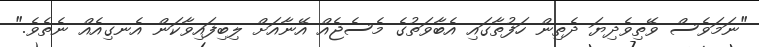
"ނަމަވެސް ވޭތިވެދިޔަ ދެތިން ހަފުތާގައި އެބާވަތުގެ މެސެޖެއް އޭނާއަށް ލިބިފައިވާކަން އެނގިއެއް ނެތެވެ."